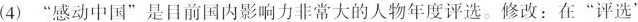
(4)”感动中国”是目前国内影响力非常大的人物年度评选。修改：在”评选”